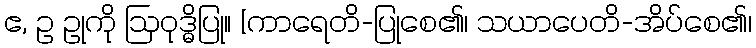
ဧ, ဥ ဥုကို ဩဝုဒ္ဓိပြု။ [ကာရေတိ-ပြုစေ၏၊ သယာပေတိ-အိပ်စေ၏၊